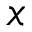
x